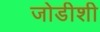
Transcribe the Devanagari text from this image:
जोडीशी